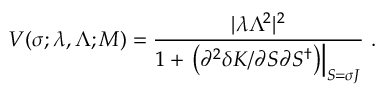
V ( \sigma ; \lambda , \Lambda ; M ) = \frac { | \lambda \Lambda ^ { 2 } | ^ { 2 } } { 1 + \left. \left( \partial ^ { 2 } \delta K / \partial S \partial S ^ { \dagger } \right) \right| _ { S = \sigma J } } \ .